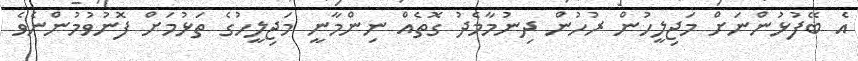
އެ ބޭފުޅުންނަށް މަޖިލީހުން ރުހުން ދިނުމާމެދު ގޮތެއް ނިންމާނީ މަޖިލީހުގެ ތަޅުމަށް ފޮނުވުމުންނެވެ